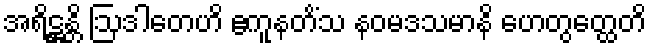
အရိဋ္ဌန္တိ ဩဒါတေဟိ ဧကူနတိံသ နဝမဒသမာနိ ဟေတွတ္ထေတိ